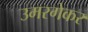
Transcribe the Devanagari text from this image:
उमरगेकर